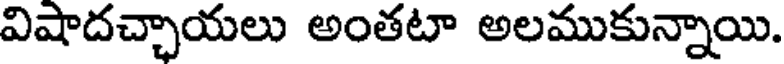
విషాదచ్చాయలు అంతటా అలముకున్నాయి.